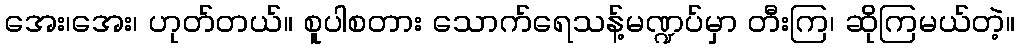
အေး၊အေး၊ ဟုတ်တယ်။ စူပါစတား သောက်ရေသန့်မဏ္ဍပ်မှာ တီးကြ၊ ဆိုကြမယ်တဲ့။